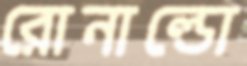
রোনাল্ডো